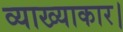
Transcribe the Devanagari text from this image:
व्याख्याकार।